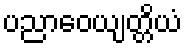
ပညာဝေယျတ္တိယံ